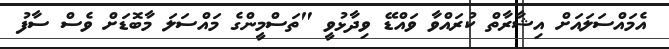
އެމައްސަލައަށް އިޝާރާތް ކުރައްވާ ވައްޑޭ ވިދާޅުވީ "ތަސްމީންގެ މައްސަލަ މާބޮޑަށް ވެސް ސާފު